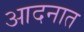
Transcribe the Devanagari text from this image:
आदनात